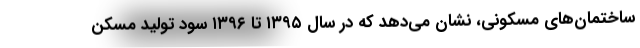
ساختمان‌های مسکونی، نشان می‌دهد که در سال ۱۳۹۵ تا ۱۳۹۶ سود تولید مسکن